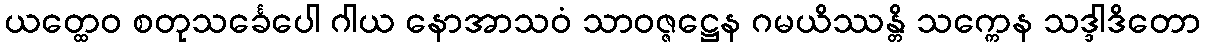
ယတ္ထေဝ စတုသင်္ခေပေါ ဂါယ နောအာသဝံ သာဝဇ္ဇဋ္ဌေန ဂမယိဿန္တိ သက္ကေန သဒ္ဒါဒိတော